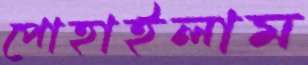
পোহাইলাম